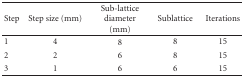
<table><thead><tr><td><b>Step</b></td><td><b>Step size (mm)</b></td><td><b>Sub-lattice diameter (mm)</b></td><td><b>Sublattice</b></td><td><b>Iterations</b></td></tr></thead><tbody><tr><td>1</td><td>4</td><td>8</td><td>8</td><td>15</td></tr><tr><td>2</td><td>2</td><td>6</td><td>8</td><td>15</td></tr><tr><td>3</td><td>1</td><td>6</td><td>6</td><td>15</td></tr></tbody></table>